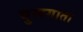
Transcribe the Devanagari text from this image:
वुलगाता